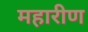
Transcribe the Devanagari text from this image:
महारीण